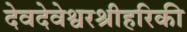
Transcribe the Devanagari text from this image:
देवदेवेश्वरश्रीहरिकी